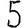
Digit: 5